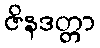
ဇိနဒတ္တာ